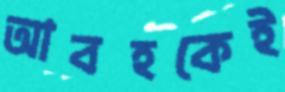
আবহকেই